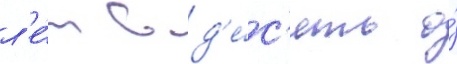
л'е́т в д'е́с'ять о́